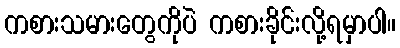
ကစားသမားတွေကိုပဲ ကစားခိုင်းလို့ရမှာပါ။